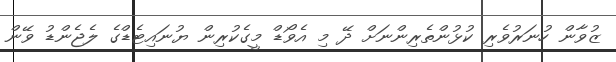
ޒުވާން ހުނަރުވެރި ކުޅުންތެރިންނަށް ދޭ މި އެވޯޑް މީގެކުރިން ޔުނައިޓެޑްގެ ލެޖެންޑު ވޭން